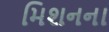
મિશનના